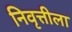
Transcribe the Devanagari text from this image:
निवृत्तीला